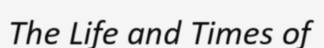
The Life and Times of